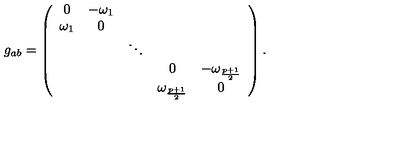
g _ { a b } = \left( \begin{array} { c c c c c } { 0 } & { - \omega _ { 1 } } & { } & { } & { } \\ { \omega _ { 1 } } & { 0 } & { } & { } & { } \\ { } & { } & { \ddots } & { } & { } \\ { } & { } & { } & { 0 } & { - \omega _ { \frac { p + 1 } { 2 } } } \\ { } & { } & { } & { \omega _ { \frac { p + 1 } { 2 } } } & { 0 } \\ \end{array} \right) .